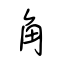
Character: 角